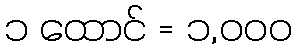
၁ ထောင် = ၁,၀၀၀